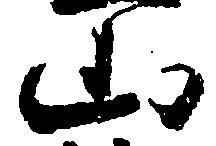
山